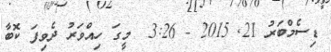
ޑިސެމްބަރު 21